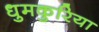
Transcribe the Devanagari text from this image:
धुमकुरिया